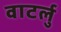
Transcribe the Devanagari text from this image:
वाटर्लु